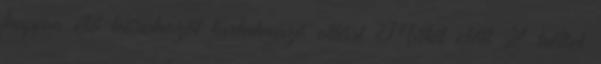
kapjon élő kórokozót tartalmazó oltást Műtét előtt 2 héttel